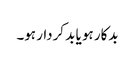
بدکار ہو یا بد کردار ہو۔